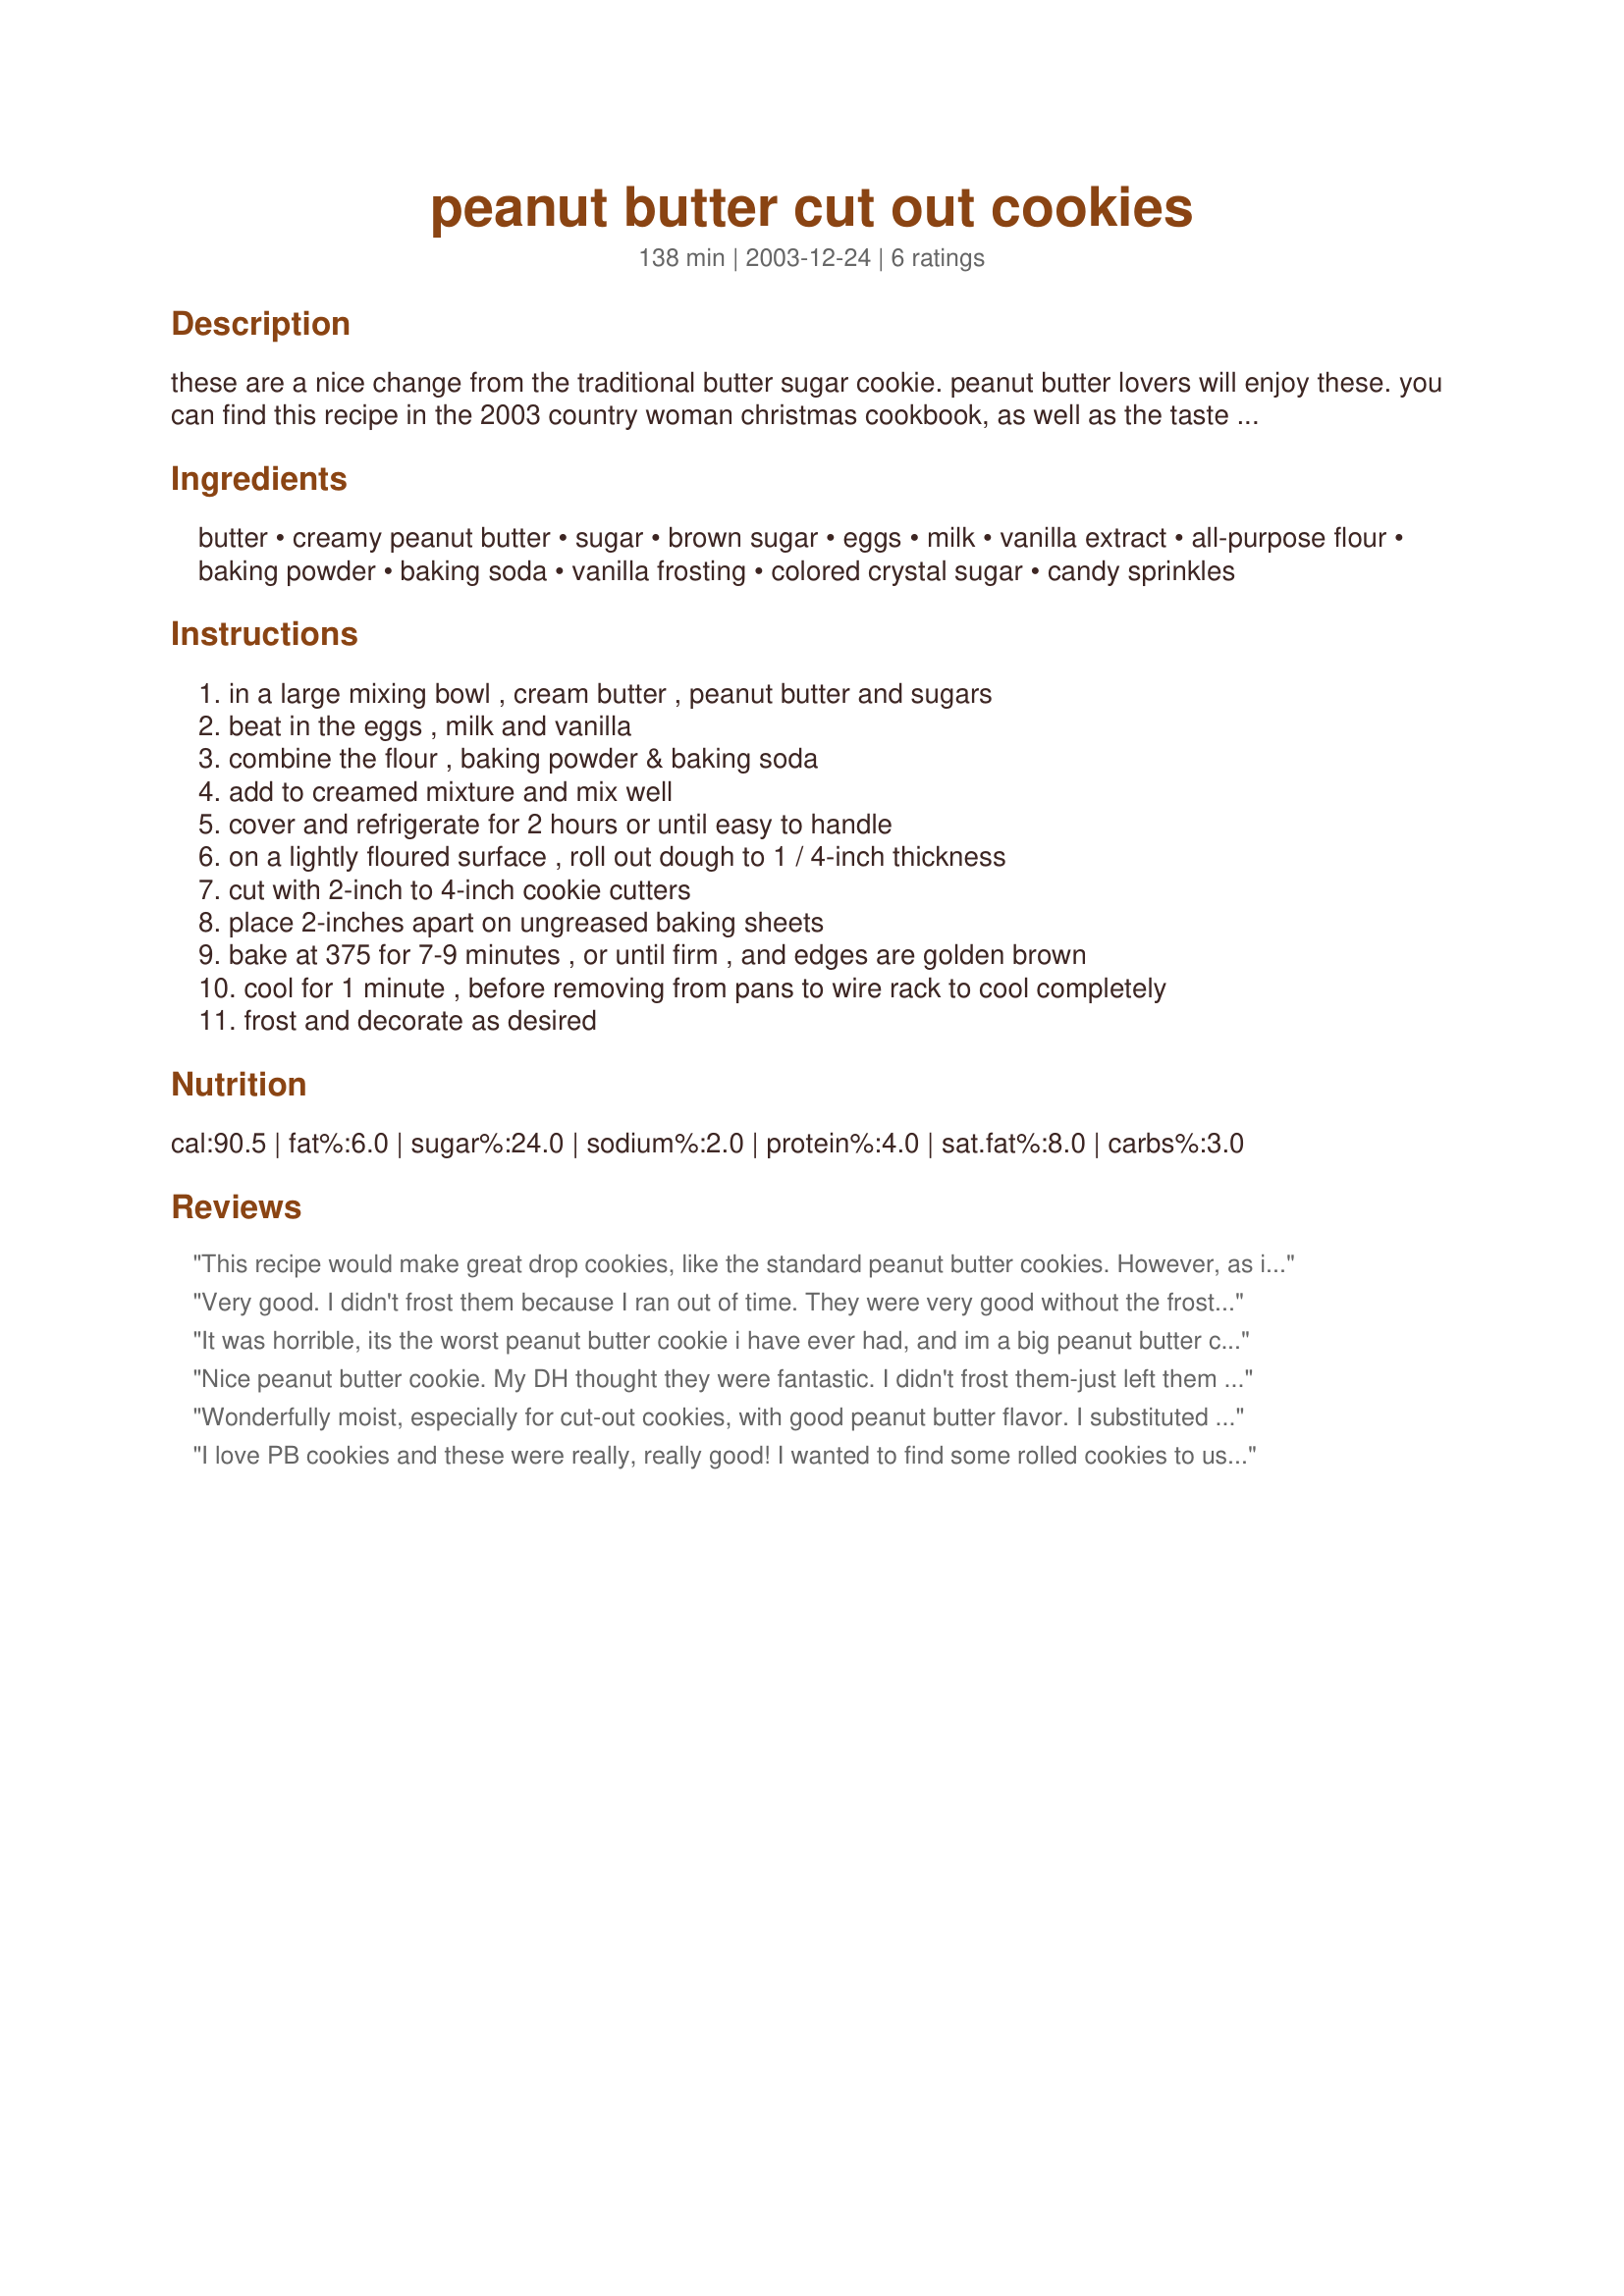
peanut butter cut out cookies
Preparation time: 138 minutes

these are a nice change from the traditional butter sugar cookie. peanut butter lovers will enjoy these. you can find this recipe in the 2003 country woman christmas cookbook, as well as the taste of home's 2004 treasury of christmas recipes cookbook.

Ingredients:
butter, creamy peanut butter, sugar, brown sugar, eggs, milk, vanilla extract, all-purpose flour, baking powder, baking soda, vanilla frosting, colored crystal sugar, candy sprinkles

Steps:
in a large mixing bowl , cream butter , peanut butter and sugars, beat in the eggs , milk and vanilla, combine the flour , baking powder & baking soda, add to creamed mixture and mix well, cover and refrigerate for 2 hours or until easy to handle, on a lightly floured surface , roll out dough to 1 / 4-inch thickness, cut with 2-inch to 4-inch cookie cutters, place 2-inches apart on ungreased baking sheets, bake at 375 for 7-9 minutes , or until firm , and edges are golden brown, cool for 1 minute , before removing from pans to wire rack to cool completely, frost and decorate as desired

Reviews:
This recipe would make great drop cookies, like the standard peanut butter cookies. However, as is, this recipe does not make dough for roll-out cookies! You'll have to add more flour or cut out liquid to make them rollable.<br/><br/>I love making roll-out cookies in fun shapes and decorating them, but had never done so with a peanut butter recipe. I found this recipe and figured it would work perfectly. Not so! I made the dough (more like batter) with no changes to the recipe and it was definitely not rollable. Giving it the benefit of the doubt, I put it in the fridge for two hours so it would become workable. After 2 1/2 hours, I attempted to roll it out. No go. Still sticky goo. No way could you cut cookies out of this. I mixed in more flour (about 3/4 cup) and chilled again. After 30 minutes in the freezer, I attempted again. No go. It was firm enough to roll out, but still way to gooey to hold any sort of shape cut out of it. So I added MORE flour (another 3/4 cup), kneaded it in, chilled, and then finally could make passable cut-out cookies from it.<br/><br/>So, if you're willing to a) add 1.5 cups additional flour, b) work very quickly in small batches of dough because it will still get too soft FAST, and c) use only very simple shapes and accept that they still won't look perfect because the dough is so soft, then go for it. Otherwise, I would just drop this stuff in spoonfulls onto your pan and flatten with a fork.<br/><br/>p.s. With all the additional flour, the finished product was pretty dense. Still tasted good, but not ideal.
Very good. I didn't frost them because I ran out of time. They were very good without the frosting.
It was horrible, its the worst peanut butter cookie i have ever had, and im a big peanut butter cookie fan!!!
Nice peanut butter cookie. My DH thought they were fantastic. I didn't frost them-just left them plain. I was going to put chocolate frosting on them but DH objected so I didn't. I would recommend leaving the dough that you are not working with in the frige to keep it from getting too soft.They stayed nice and soft.
Wonderfully moist, especially for cut-out cookies, with good peanut butter flavor. I substituted Splenda brown sugar. The dough was very tender and needs fairly simple shapes to hold together. This was a healthy change from my usual cut-out dough, more protein and less saturated fat.
I love PB cookies and these were really, really good! I wanted to find some rolled cookies to use my "Texas" cookie cutters I recieved from JustCher, and these worked terrific!! I will be making these over and over again, and may try with Crunchy peanut butter next time. Thank you so much for a great cookie. ;)
